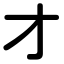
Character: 才